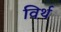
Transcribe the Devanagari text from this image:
विर्थ